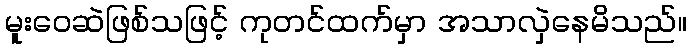
မူးဝေဆဲဖြစ်သဖြင့် ကုတင်ထက်မှာ အသာလှဲနေမိသည်။